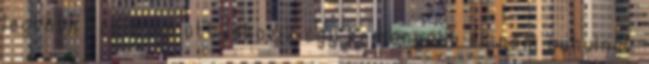
legtöbb számban ott lakozik egy keményebb él, nem puhulnak